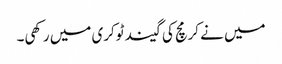
میں نے کرمچ کی گیند ٹوکری میں رکھی۔